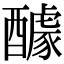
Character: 醵